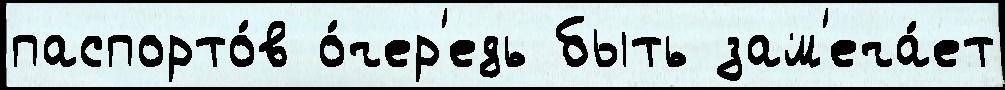
паспорто́в о́чер'едь быть зам'еча́ет